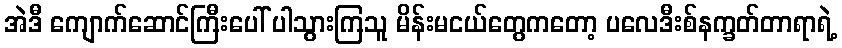
အဲဒီ ကျောက်ဆောင်ကြီးပေါ် ပါသွားကြသူ မိန်းမငယ်တွေကတော့ ပလေဒီးစ်နက္ခတ်တာရာရဲ့